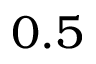
0 . 5